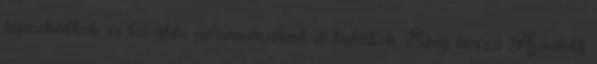
lapozhattok és további információkat is találtok: Szólj hozzá Ajánlott